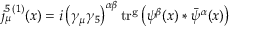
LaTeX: j _ { \mu } ^ { 5 \, ( 1 ) } ( x ) = i \left( \gamma _ { \mu } \gamma _ { 5 } \right) ^ { \alpha \beta } \mathrm { t r ^ { g } } \left( \psi ^ { \beta } ( x ) * \bar { \psi } ^ { \alpha } ( x ) \right)